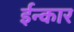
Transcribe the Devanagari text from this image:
ईन्कार